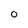
Character: 0